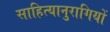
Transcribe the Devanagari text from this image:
साहित्यानुरागियों